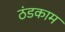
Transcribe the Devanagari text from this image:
ठंडकाम